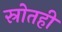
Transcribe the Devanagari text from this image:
स्रोतही